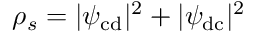
\rho _ { s } = | \psi _ { \mathrm { c d } } | ^ { 2 } + | \psi _ { \mathrm { d c } } | ^ { 2 }